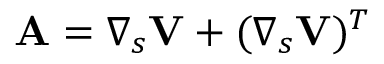
\mathbf { A } = \boldsymbol { \nabla } _ { s } \mathbf { V } + ( \boldsymbol { \nabla } _ { s } \mathbf { V } ) ^ { T }